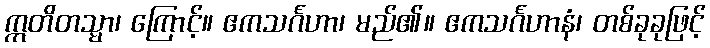
ဣတိတသ္မာ၊ ကြောင့်။ ဧကသင်္ဂဟာ၊ မည်၏။ ဧကသင်္ဂဟာနံ၊ တစ်ခုခုဖြင့်